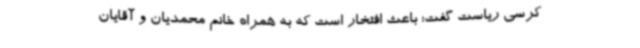
کرسی ریاست گفت: باعث افتخار است که به همراه خانم محمدیان و آقایان